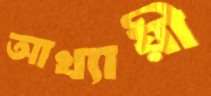
আখ্যায়ী